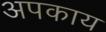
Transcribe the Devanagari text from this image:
अपकाय